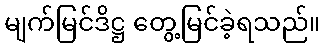
မျက်မြင်ဒိဋ္ဌ တွေ့မြင်ခဲ့ရသည်။